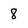
Character: 8